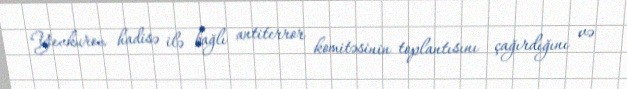
Yevkurov hadisə ilə bağlı antiterror komitəsinin toplantısını çağırdığını və